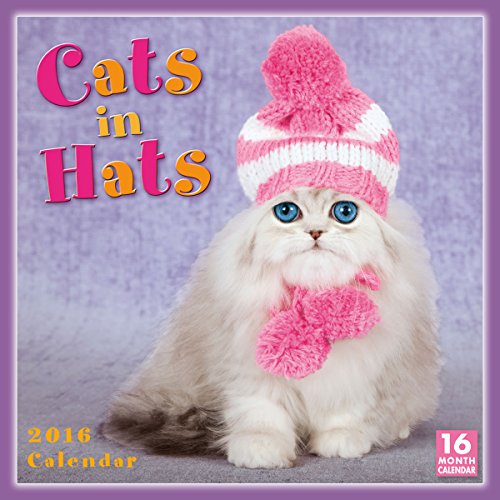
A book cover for Cats In Hats 2016 Wall Calendar; Sellers Publishing; Calendars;